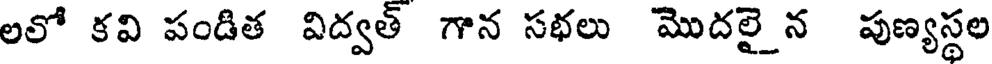
లలో కవి పండిత విద్వత్ గాన సభలు మొదలై న పుణ్యస్థల